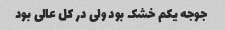
جوجه یکم خشک بود ولی در کل عالی بود